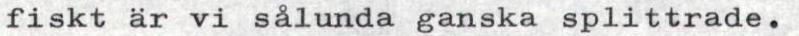
fiskt är vi sålunda ganska splittrade.